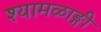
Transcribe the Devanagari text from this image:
श्यामळाङ्गी